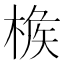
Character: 𣔹